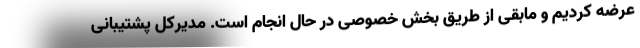
عرضه کردیم و مابقی از طریق بخش خصوصی در حال انجام است. مدیرکل پشتیبانی